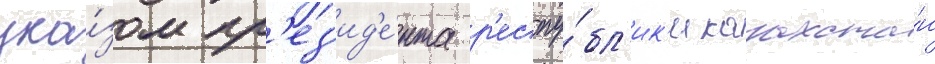
ука́зом пр'ез'ид'е́нта р'еспу́бл'ик'и казахста́н